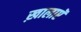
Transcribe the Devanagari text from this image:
ख़ालाएॅ